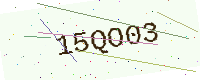
Text: 15QO03